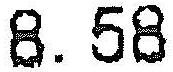
8.58